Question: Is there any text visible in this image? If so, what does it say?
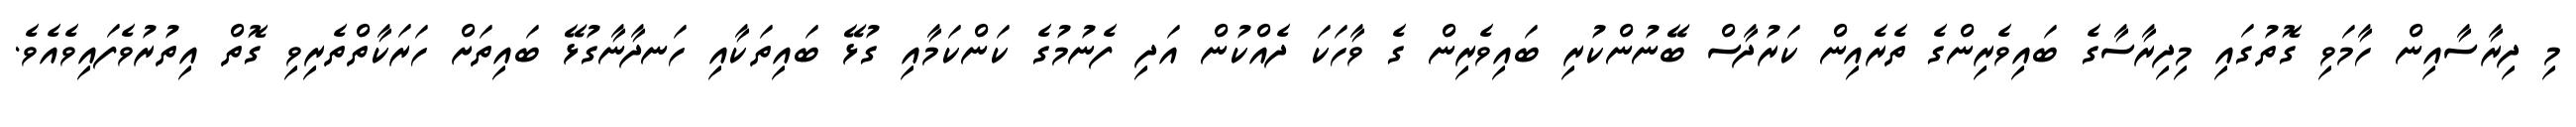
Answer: މި ދިރާސާއިން ހާމަވި ގޮތުގައި މިދިރާސާގެ ބައިވެރިންގެ ތެރެއިން ކަރުދާސް ބޭނުންކުރި ބައިވެރިން ގެ ވާހަކަ ދެއްކުން އަދި ފެނުމުގެ ކަންކަމާއި ގުޅޭ ބައިތަކާއި ހަނދާނާގުޅޭ ބައިތަށް ހަރަކާތްތެރިވި ގޮތް އިތުރުވެފައިވެއެވެ.